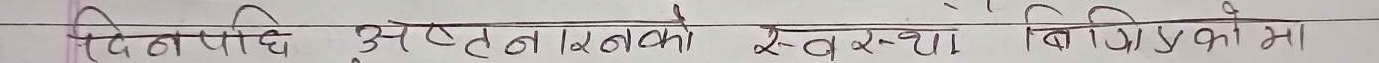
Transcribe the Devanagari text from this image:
बिनपाधि अस्तलको स्वस्थ विप्रुपको मा